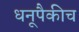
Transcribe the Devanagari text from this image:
धनूपैकीच